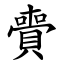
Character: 賷